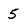
Character: 5